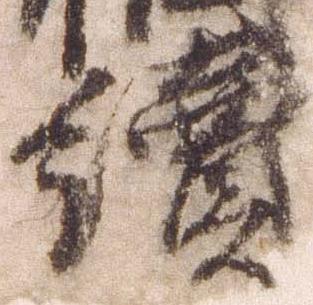
続